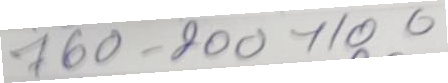
760 - 200x100